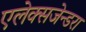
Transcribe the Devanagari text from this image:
एलेक्सजेन्डरा